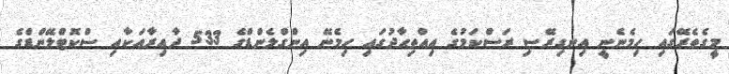
މީގެތެރޭގައި ހިމެނެނީ އިނގިރޭސި ރަސްކަމުގެ އިއްތިޙާދުގައި ހިމެނޭ އިންގްލެންޑްގެ 533 ދާއިރާއަކާއި ސްކޮޓްލޭންޑްގެ